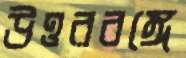
উত্তরবঙ্গে